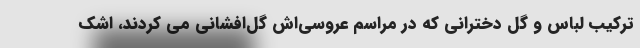
ترکیب لباس و گل دخترانی که در مراسم عروسی‌اش گل‌افشانی می کردند، اشک‌